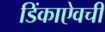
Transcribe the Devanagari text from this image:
डिंकाऐवची